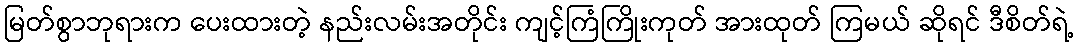
မြတ်စွာဘုရားက ပေးထားတဲ့ နည်းလမ်းအတိုင်း ကျင့်ကြံကြိုးကုတ် အားထုတ် ကြမယ် ဆိုရင် ဒီစိတ်ရဲ့